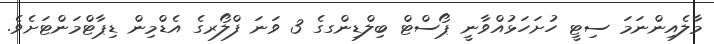
މާލެއިންނަމަ ސިޓީ ހުށަހަޅުއްވާނީ ޕޯސްޓް ބިލްޑިންގގެ 3 ވަނަ ފްލޯރގެ އެޑްމިން ޑިޕާޓްމަންޓަށެވެ.